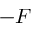
- F